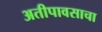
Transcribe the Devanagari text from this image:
अतीपावसाचा